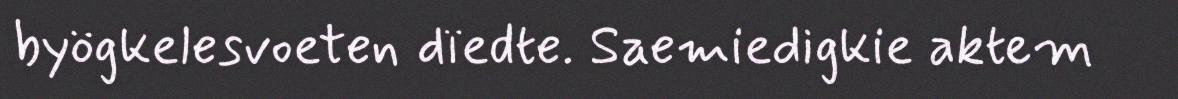
byögkelesvoeten dïedte. Saemiedigkie aktem